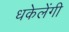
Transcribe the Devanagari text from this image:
धकेलेंगी